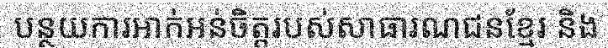
បន្ថយការអាក់អន់ចិត្តរបស់សាធារណជនខ្មែរ និង